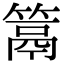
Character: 䈪